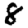
Digit: 8